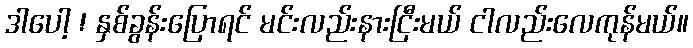
ဒါပေါ့ ! နှစ်ခွန်းပြောရင် မင်းလည်းနားငြီးမယ် ငါလည်းလေကုန်မယ်။